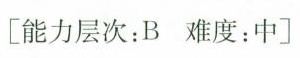
[能力层次：B难度：中]